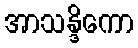
အာသန္ဒိကော